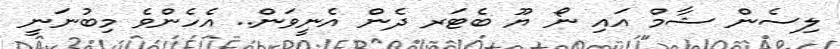
ލިސެން ޝާމް އައި ނޯ ޔޫ ބެޓަރ ދެން އެނީވަން.. އެހެންވެ މިބުނަނީ